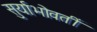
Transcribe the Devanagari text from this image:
सुर्याभोवतीं